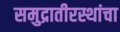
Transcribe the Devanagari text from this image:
समुद्रातीरस्थांचा